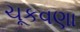
ચૂકવણા